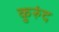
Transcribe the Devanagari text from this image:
कुरुंद